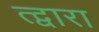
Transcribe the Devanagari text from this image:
त्द्वारा